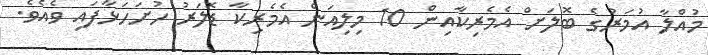
މުއްލާ އުމަރުގެ ބޮލަށް އެމެރިކާއިން 10 މިލިއަން އެމެރިކާ ޑޮލަރު ހުށަހަޅާފައި ވެއެވެ.